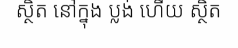
ស្ថិត នៅក្នុង ប្លង់ ហើយ ស្ថិត